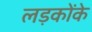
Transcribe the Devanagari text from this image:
लड़कोंके